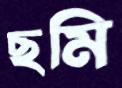
ছমি